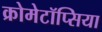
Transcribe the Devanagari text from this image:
क्रोमेटॉप्सिया